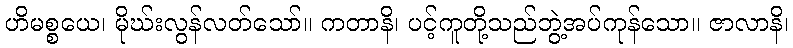
ဟိမစ္စယေ၊ မိုဃ်းလွန်လတ်သော်။ ကတာနိ၊ ပင့်ကူတို့သည်ဘွဲ့အပ်ကုန်သော။ ဇာလာနိ၊